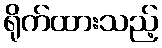
ရိုက်ထားသည့်